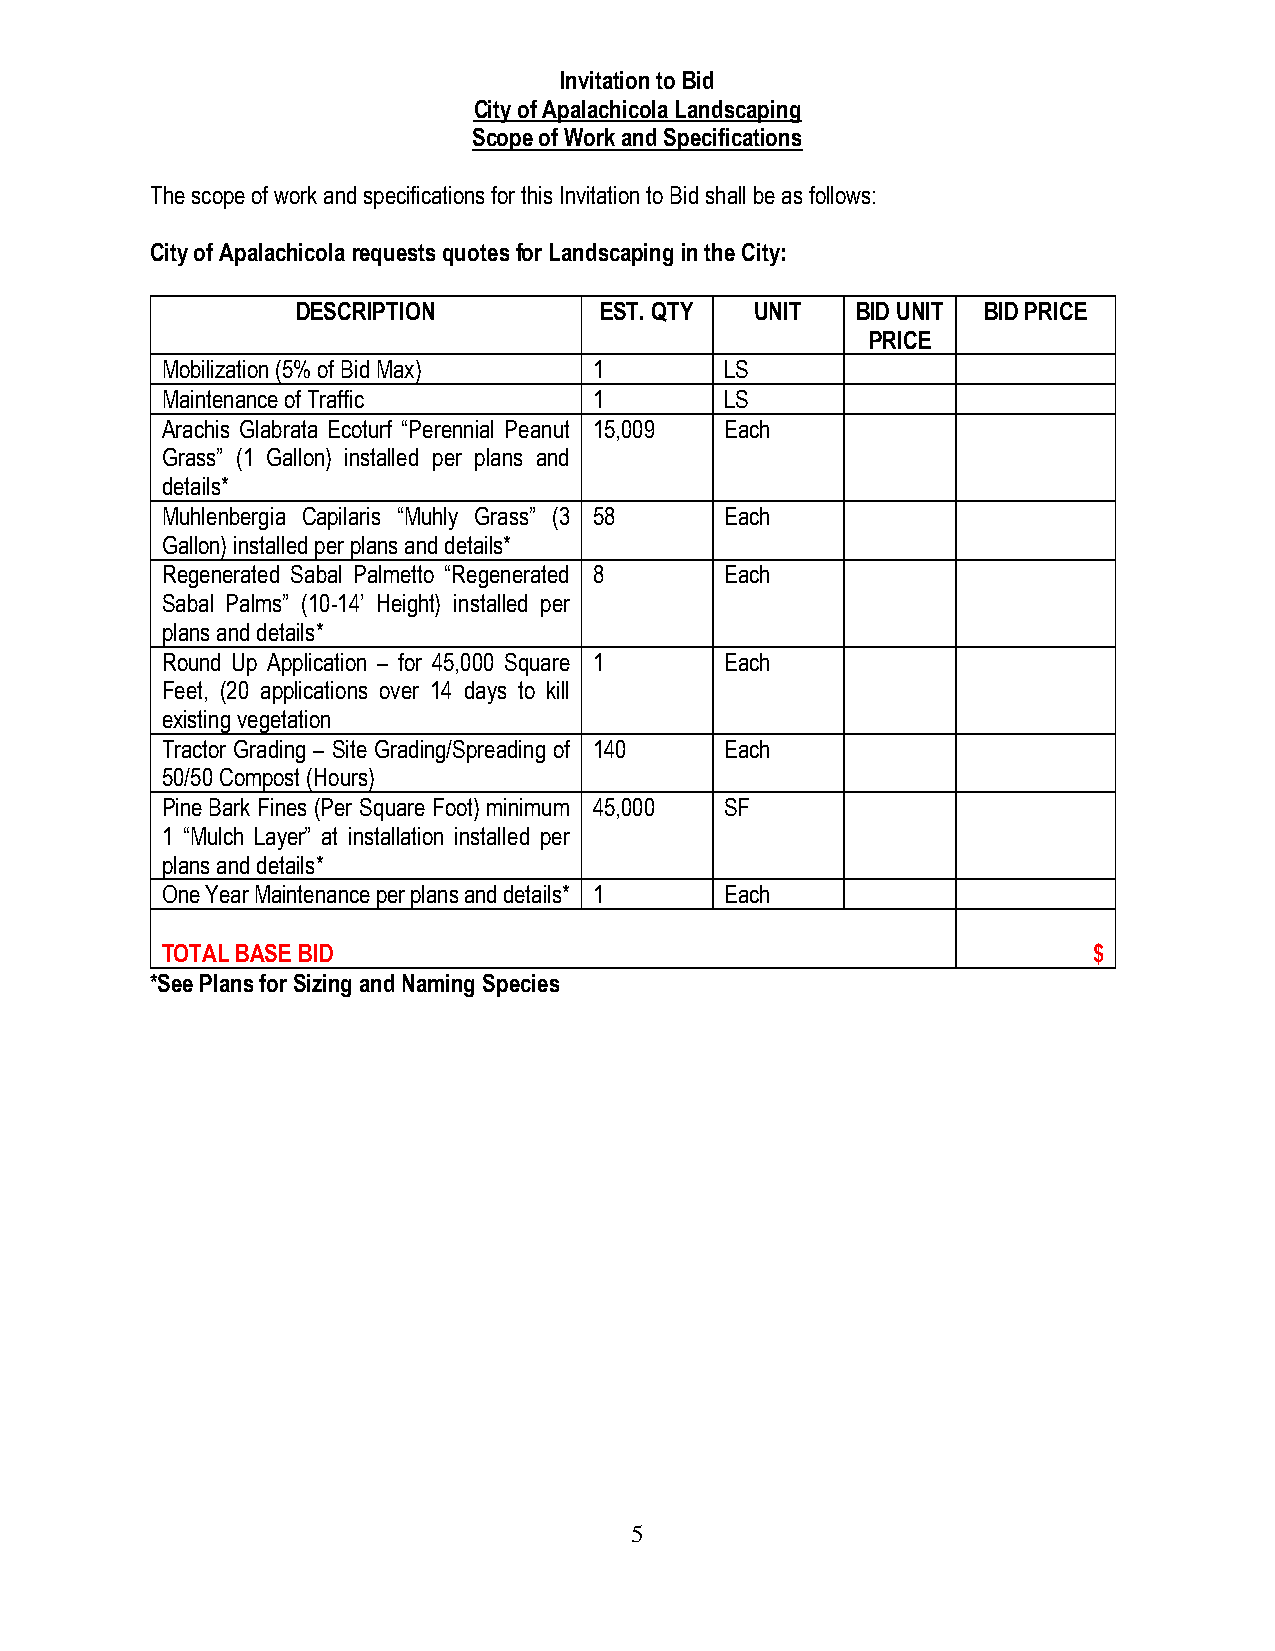
Invitation to Bid
 City of Apalachicola Landscaping
 Scope of Work and Specifications
 The scope of work and specifications for this Invitation to Bid shall be as follows:
 City of Apalachicola requests quotes for Landscaping in the City:
 DESCRIPTION         EST. QTY  UNIT   BID UNIT BID PRICE
 PRICE
 Mobilization (5% of Bid Max) 1       LS
 Maintenance of Traffic      1        LS
 Arachis Glabrata Ecoturf “Perennial Peanut 15,009 Each
 Grass” (1 Gallon) installed per plans and
 details*
 Muhlenbergia Capilaris “Muhly Grass” (3 58 Each
 Gallon) installed per plans and details*
 Regenerated Sabal Palmetto “Regenerated 8 Each
 Sabal Palms” (10-14’ Height) installed per
 plans and details*
 Round Up Application – for 45,000 Square 1 Each
 Feet, (20 applications over 14 days to kill
 existing vegetation
 Tractor Grading – Site Grading/Spreading of 140 Each
 50/50 Compost (Hours)
 Pine Bark Fines (Per Square Foot) minimum 45,000 SF
 1 “Mulch Layer” at installation installed per
 plans and details*
 One Year Maintenance per plans and details* 1 Each
 TOTAL BASE BID                                               $
 *See Plans for Sizing and Naming Species
 5